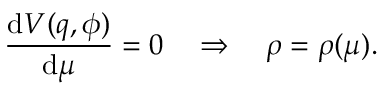
\frac { \mathrm { d } V ( q , \phi ) } { \mathrm { d } \mu } = 0 \quad \Rightarrow \quad \rho = \rho ( \mu ) .